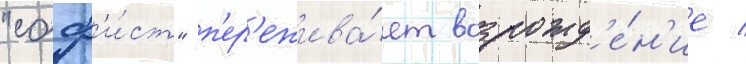
"соф'и́ст" п'ер'ежива́ет возрожд'е́н'ие /